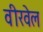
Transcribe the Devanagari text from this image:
वीरवेल